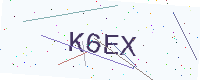
Text: K6EX